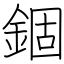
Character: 錮